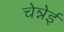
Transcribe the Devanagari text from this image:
चेन्नेई